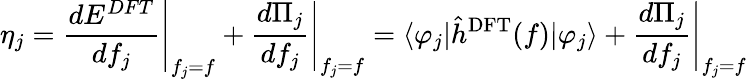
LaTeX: \eta_{j}=\left.\frac{dE^{DFT}}{df_{j}}\right\rvert_{f_{j}=f}+\left.\frac{d\Pi_{j}}{df_{j}}\right\rvert_{f_{j}=f}=\langle\varphi_{j}\rvert\hat{h}^{\mathrm{DFT}}(f)\lvert\varphi_{j}\rangle+\left.\frac{d\Pi_{j}}{df_{j}}\right\rvert_{f_{j}=f}